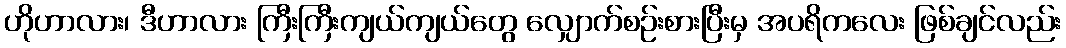
ဟိုဟာလား၊ ဒီဟာလား ကြီးကြီးကျယ်ကျယ်တွေ လျှောက်စဉ်းစားပြီးမှ အပရိကလေး ဖြစ်ချင်လည်း